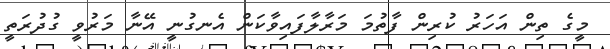
މީގެ ތިން އަހަރު ކުރިން ފާތުމަ މަރާލާފައިވާކަން އެނގުނީ އޭނާ މަރުވީ ގުދުރަތީ